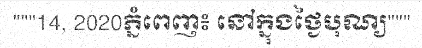
"""14, 2020ភ្នំពេញ៖ នៅក្នុងថ្ងៃបុណ្យ"""